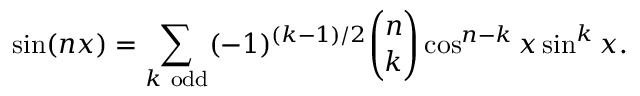
\sin ( n x ) = \sum _ { k { \mathrm { ~ o d d } } } ( - 1 ) ^ { ( k - 1 ) / 2 } { \binom { n } { k } } \cos ^ { n - k } x \sin ^ { k } x .